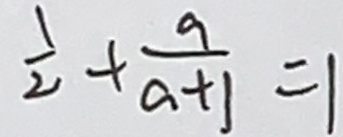
\frac { 1 } { 2 } + \frac { 9 } { a + 1 } = 1